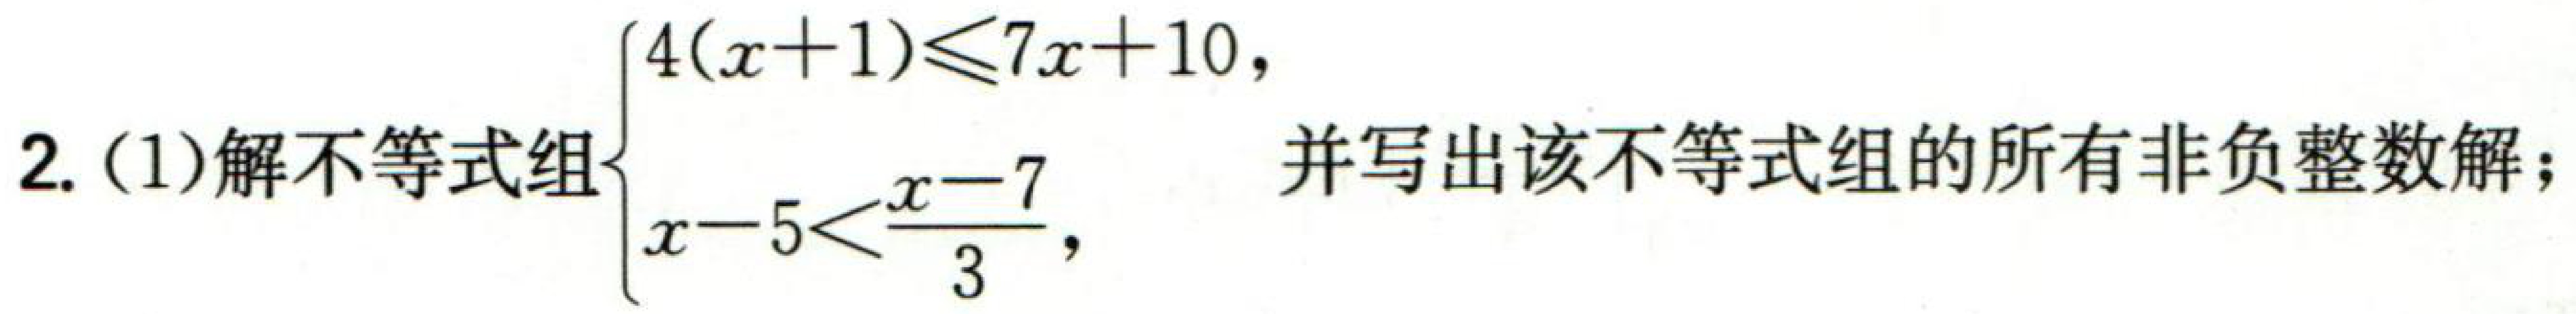
2. (1)解不等式组\(\begin{cases}4(x + 1)\leq7x + 10\\x - 5<\frac{x - 7}{3}\end{cases}\)，并写出该不等式组的所有非负整数解；